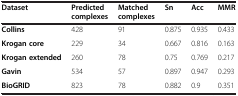
| Dataset | Predicted complexes | Matched complexes | Sn | Acc | MMR |
 | --- | --- | --- | --- | --- | --- |
 | Collins | 428 | 91 | 0.875 | 0.935 | 0.433 |
 | Krogan core | 229 | 34 | 0.667 | 0.816 | 0.163 |
 | Krogan extended | 260 | 78 | 0.75 | 0.769 | 0.217 |
 | Gavin | 534 | 57 | 0.897 | 0.947 | 0.293 |
 | BioGRID | 823 | 78 | 0.882 | 0.9 | 0.351 |